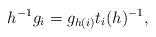
LaTeX: \begin{align*} h^{-1}g_i = g_{h(i)}t_i(h)^{-1},\end{align*}